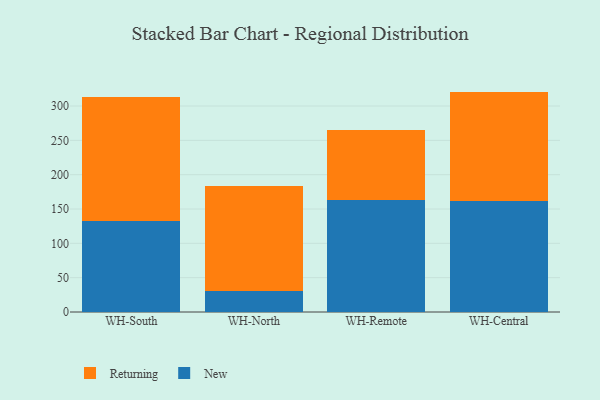
{"axis": {"x": "Warehouse", "y": "Waste Production (Tons)"}, "legend": ["New", "Returning"], "data": [{"x": "WH-South", "y": 133.0, "type": "New"}, {"x": "WH-South", "y": 179.7, "type": "Returning"}, {"x": "WH-North", "y": 31.3, "type": "New"}, {"x": "WH-North", "y": 152.5, "type": "Returning"}, {"x": "WH-Remote", "y": 163.3, "type": "New"}, {"x": "WH-Remote", "y": 102.5, "type": "Returning"}, {"x": "WH-Central", "y": 161.6, "type": "New"}, {"x": "WH-Central", "y": 159.4, "type": "Returning"}]}